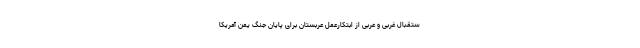
ستقبال غربی و عربی از ابتکارعمل عربستان برای پایان جنگ یمن آمریکا